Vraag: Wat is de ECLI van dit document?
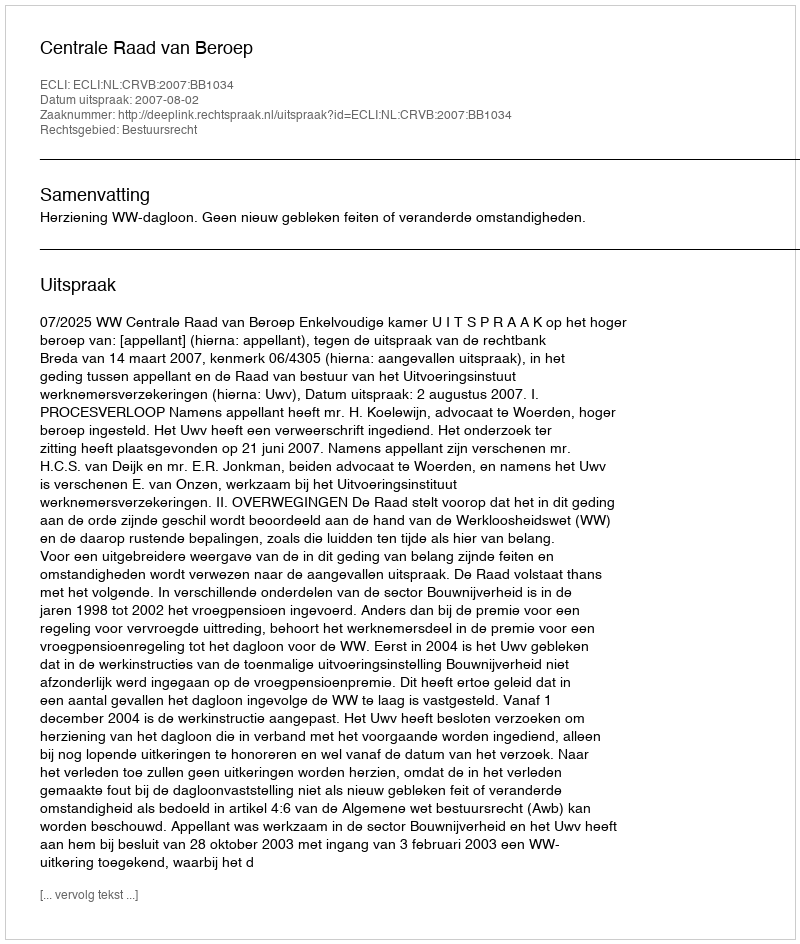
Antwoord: ECLI:NL:CRVB:2007:BB1034